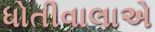
ધોતીવાલાએ